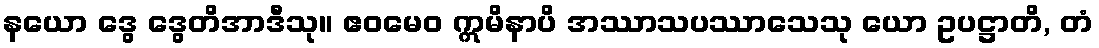
နယော ဒွေ ဒွေတိအာဒီသု။ ဧဝမေဝ ဣမိနာပိ အဿာသပဿာသေသု ယော ဥပဋ္ဌာတိ, တံ